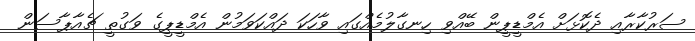
ސަރުކާރާއި ދެކޮޅަށް އެމްޑީޕީން ބޭއްވި ހިނގާލުމެއްގައި ވާހަކަ ދައްކަވަމުން އެމްޑީޕީގެ ވަގުތީ ޗެއާޕާސަން